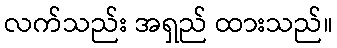
လက်သည်း အရှည် ထားသည်။